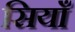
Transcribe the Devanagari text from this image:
सियाँ